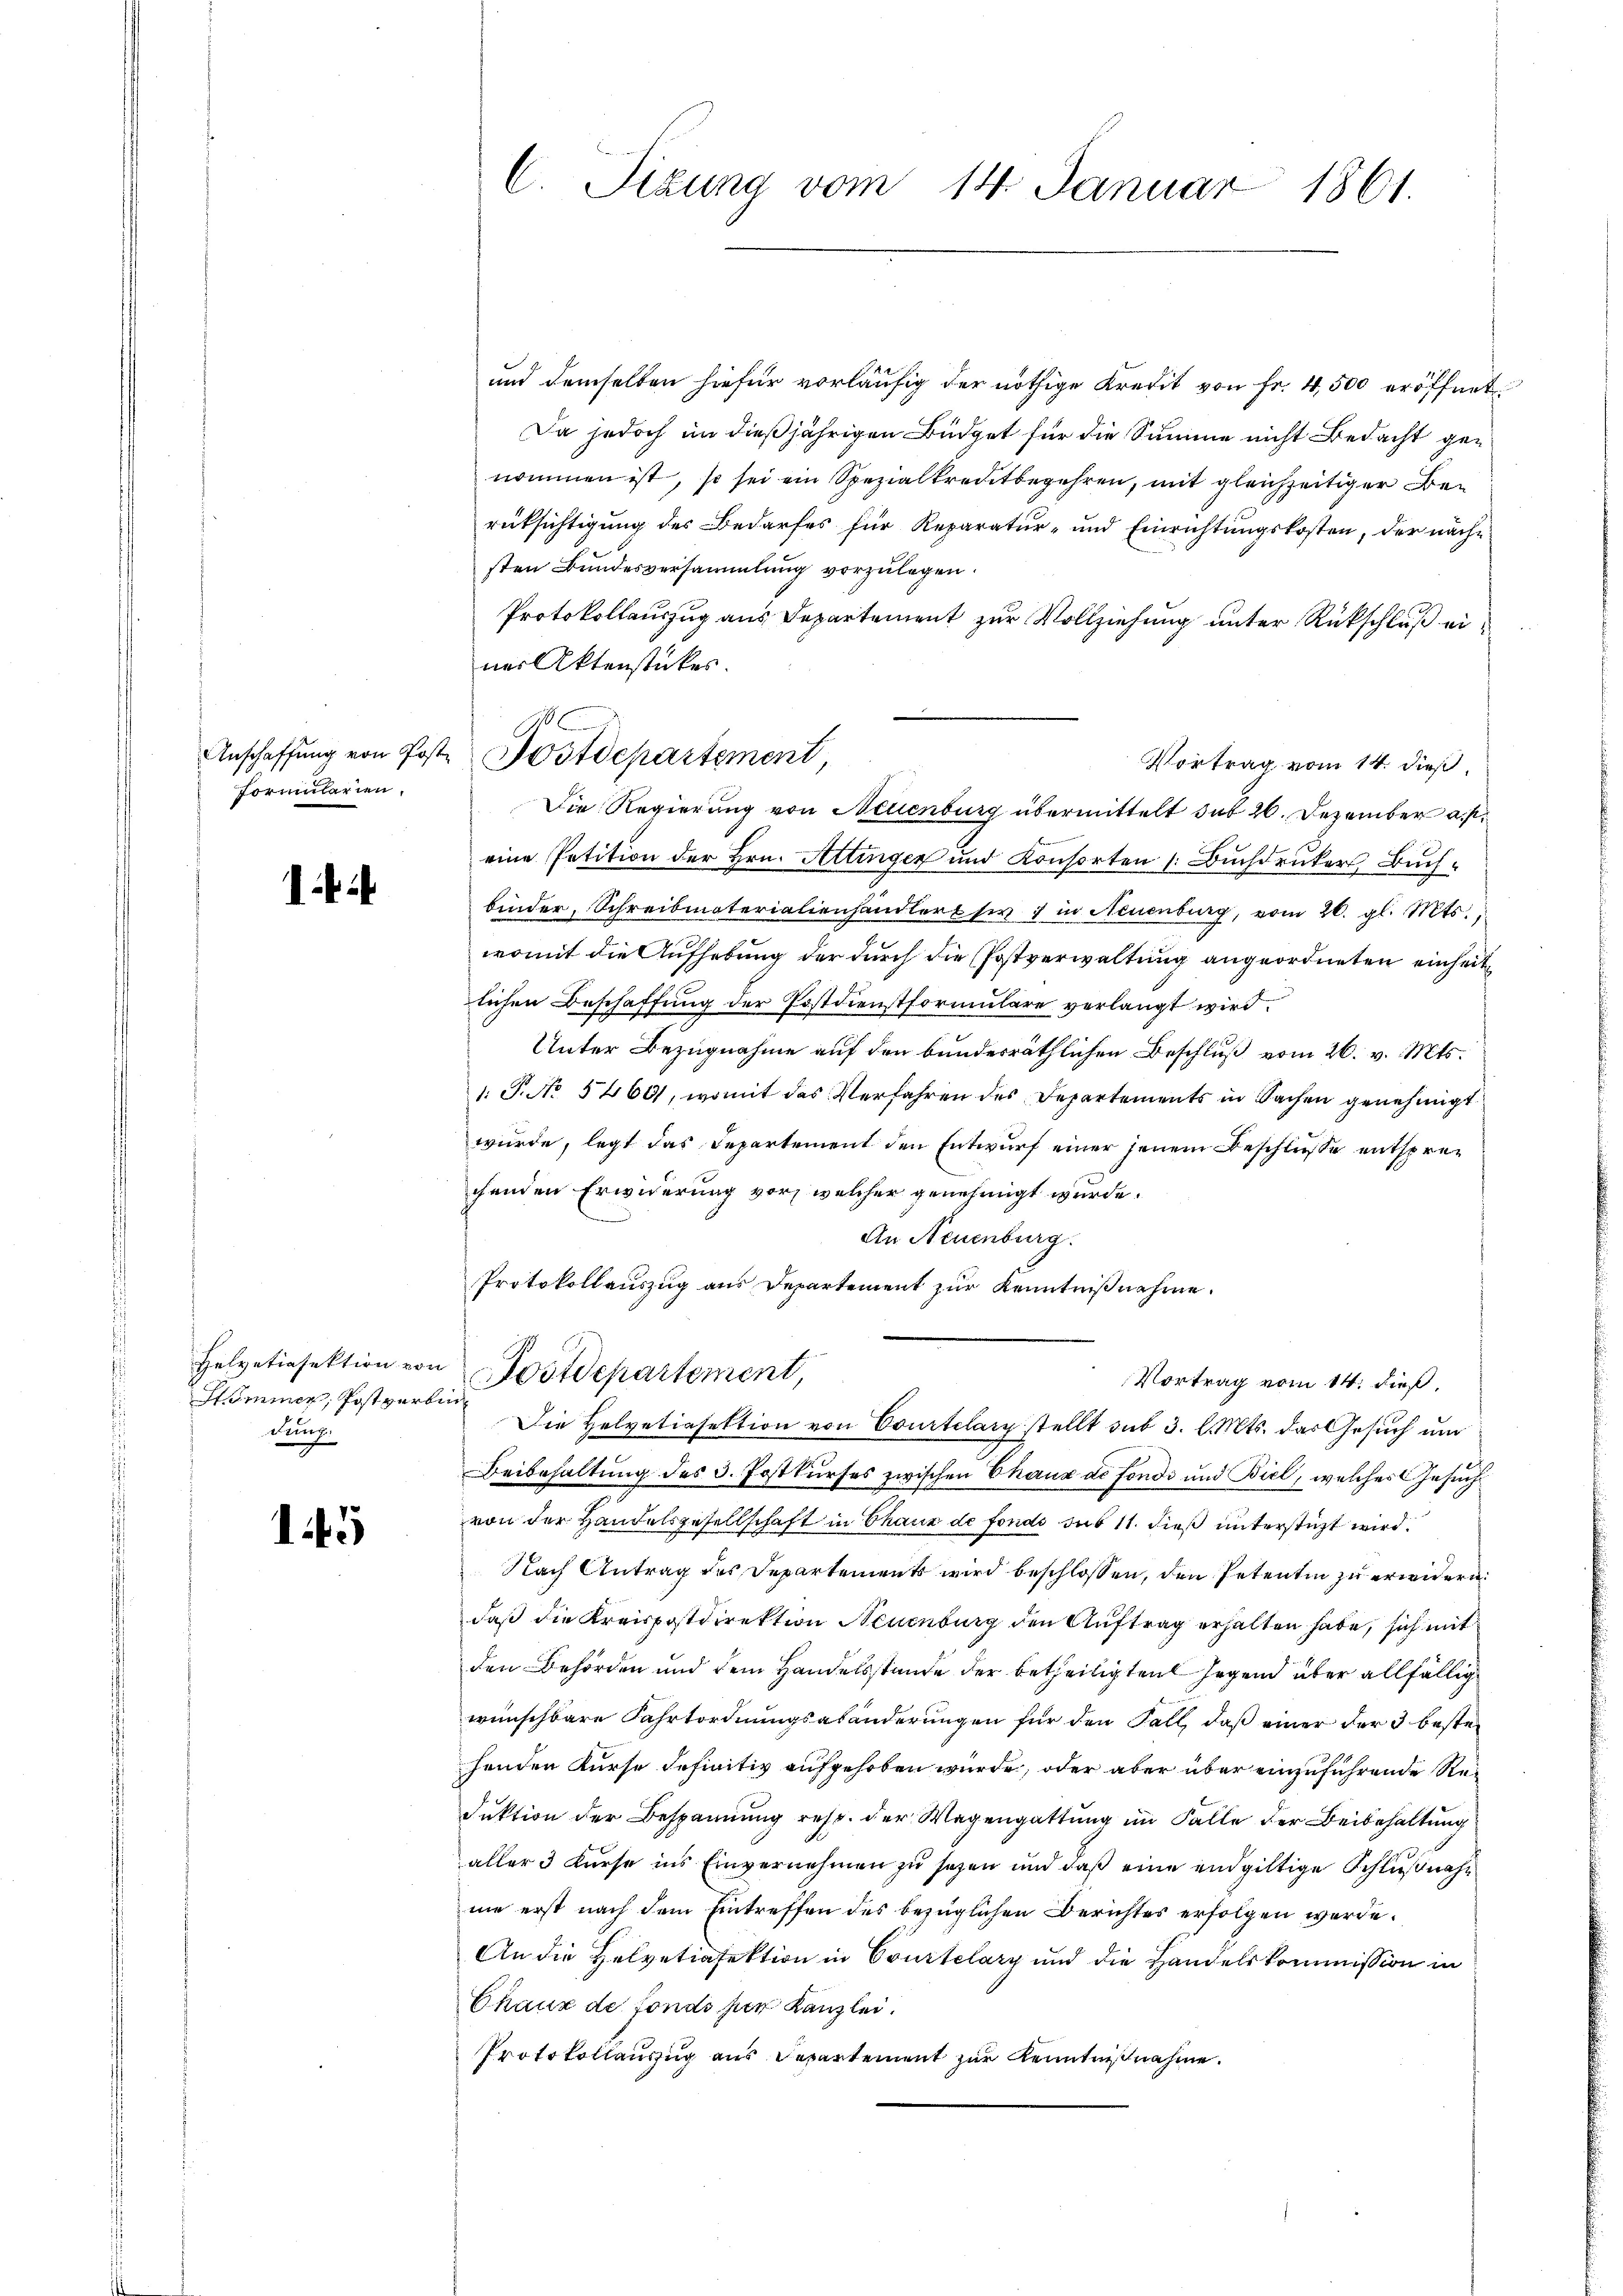
formularien.

1

Helvetiasektion von
Himmer, Postverbe
duung

45

C. Sizung vom 14. Januar 1861.

Anschaffung von Post. Postdepartement,

und demselben hiefür vorläufig der nöthige Kredit von Fr. 4,500 eröffnet
Da jedoch im dießjährigen Büdget für die Summe nicht Bedacht genommen ist, so sei ein Spezialkreditbegehren, mit gleichzeitiger Berüksichtigung des Bedarfes für Reparatur- und Einrichtungskosten, der nächsten Bundesversammlung vorzulegen.
Protokollauszug aus Departement zur Vollziehung unter Rückschluß einer Aktenstückes.
Vortrag vom 14. dieß.
Die Regierung von Neuenburg übermittelt sub 26. Dezember a. f.
eine Petition der Hrn. Attinger und Konsorten (Buchdruker, Buchbinder, Schreibmaterialienhandlert sie 1 in Neuenburg, vom 20. gl. Mts.
womit die Aufhebung der durch die Postverwaltung angeordneten einheit
lichen Beschaffung der Postdienstformulare verlangt wird.
Unter Bezugnahme auf den bundesräthlichen Beschluß vom 26. v. Mts.
1. P. No. 54601, womit das Verfahren des Departements in Sachen genehmigt
wurde, legt das Departement den Entwurf einer jenem Beschluße entsprechenden Erwiderung vor, welcher genehmigt wurde.
An Neuenburg.
Protokollauszug aus Departement zur Kenntnißnahme.
Postdepartement
Vortrag vom 14. dieß,
Die Helvetiasektion von Courtelary stellt sub 3. l. Mts. das Gesuch um
Beibehaltung des 3. Postkurses zwischen Chaux de fondi und Biel, welches Gesuchvon der Handelsgesellschaft in Chaux de fonds sub 11. dieß unterstüzt wird.
Nach Antrag des Departements wird beschlossen, den Petentin zu erwidern:
daß die Kreispostdirektion Neuenburg den Auftrag erhalten habe, sich mit
den Behörden und dem Handelsstande der betheiligten Gegend über allfällig
wünschbare Fahrtordnungsabänderungen für den Fall, daß einer der 3 bester
henden Kurse definitiv aufgehoben wurde, oder aber über einzuführende Reduktion der Bespannung resp. der Wagengattung im Falle der Beibehaltung
aller 3 Kurse ins Einvernehmen zu sehen und daß eine endgültige Schlußnahne erst nach dem Eintreffen des bezüglichen Berichtes erfolgen werde.
An die Helvetiafektion in Courtelary und die Handelskommission in
Chaux de fonds zur Kanzlei.
Protokollauszug aus Departement zur Kenntnißnahme.